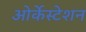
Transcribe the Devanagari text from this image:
ओर्केस्टेशन